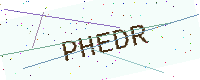
Text: PHEDR